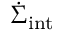
\dot { \Sigma } _ { \mathrm { i n t } }